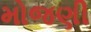
મોજણી